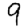
Digit: 9